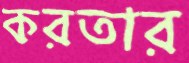
করতার